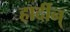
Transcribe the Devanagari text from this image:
हार्दीन्